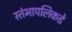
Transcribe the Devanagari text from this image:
स्तंभापलिकडे